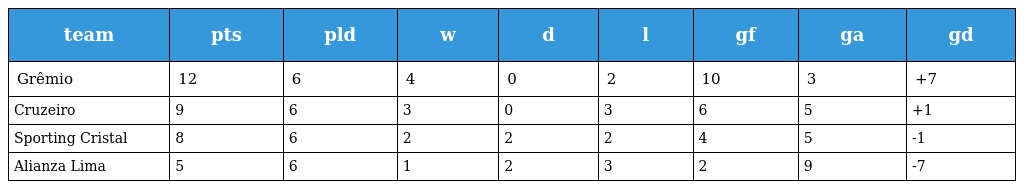
| team | pts | pld | w | d | l | gf | ga | gd |
 | --- | --- | --- | --- | --- | --- | --- | --- | --- |
 | Grêmio | 12 | 6 | 4 | 0 | 2 | 10 | 3 | +7 |
 | Cruzeiro | 9 | 6 | 3 | 0 | 3 | 6 | 5 | +1 |
 | Sporting Cristal | 8 | 6 | 2 | 2 | 2 | 4 | 5 | -1 |
 | Alianza Lima | 5 | 6 | 1 | 2 | 3 | 2 | 9 | -7 |